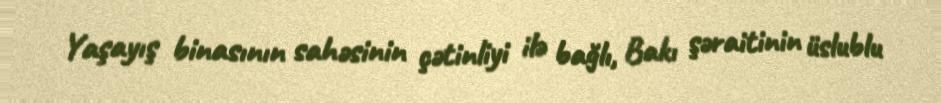
Yaşayış binasının sahəsinin çətinliyi ilə bağlı, Bakı şəraitinin üslublu